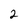
Character: 2